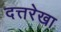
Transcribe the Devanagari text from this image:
दत्तरेखा